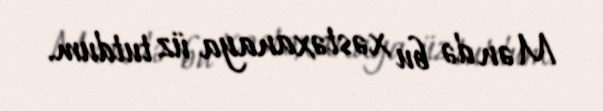
Mən də bu xəstəxanaya üz tutdum.